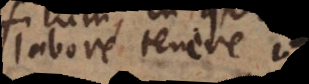
labore tenere